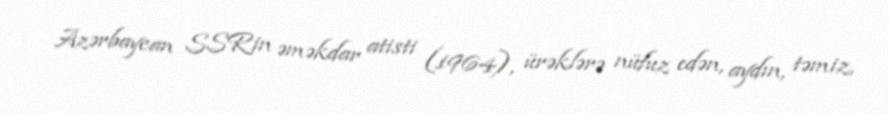
Azərbaycan SSRin əməkdar atisti (1964), ürəklərə nüfuz edən, aydın, təmiz,